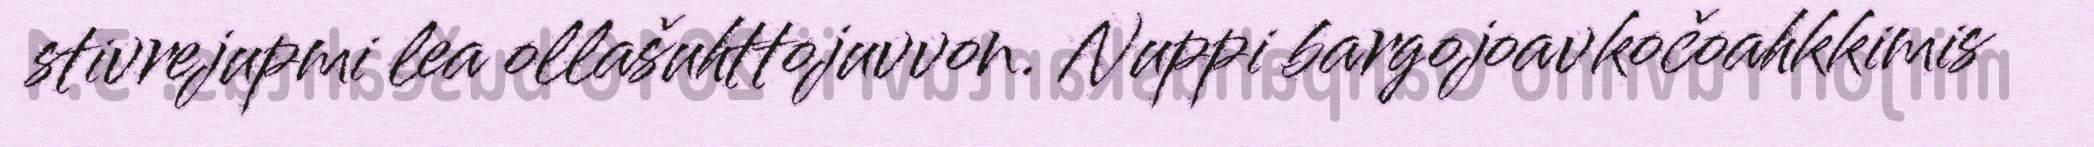
stivrejupmi lea ollašuhttojuvvon. Nuppi bargojoavkočoahkkimis